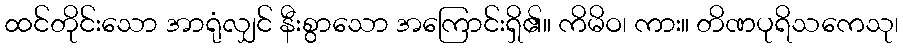
ထင်တိုင်းသော အာရုံလျှင် နီးစွာသော အကြောင်းရှိ၏။ ကိမိဝ၊ ကား။ တိဏပုရိသကေသု၊